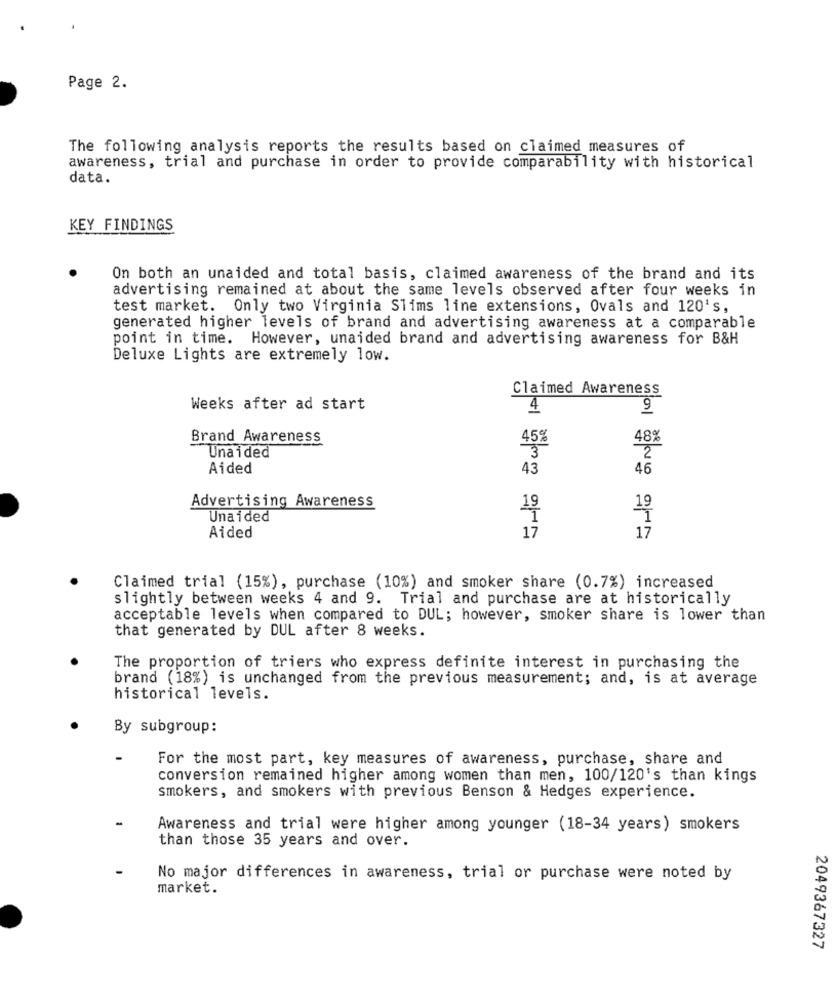
Page 2.
The following analysis reports the results based on claimed measures of
awareness, trial and purchase in order to provide comparability with historical
data.
KEY FINDINGS
On both an unaided and total basis, claimed awareness of the brand and its
advertising remained at about the same levels observed after four weeks in
test market. Only two Virginia Slims line extensions, Ovals and 120's,
generated higher levels of brand and advertising awareness at a comparable
point in time. However, unaided brand and advertising awareness for B&H
Deluxe Lights are extremely low.
Claimed Awareness
Weeks after ad start
4
9
Brand Awareness
45%
489
Unaided
3
2
Aided
43
46
Advertising Awareness
Una ided
Aided
17
17
Claimed trial (15%), purchase (10%) and smoker share (0.7%) increased
slightly between weeks 4 and 9. Trial and purchase are at historically
acceptable levels when compared to DUL; however, smoker share is lower than
that generated by DUL after 8 weeks.
The proportion of triers who express definite interest in purchasing the
brand (18%) is unchanged from the previous measurement; and, is at average
historical levels.
By subgroup:
For the most part, key measures of awareness, purchase, share and
conversion remained higher among women than men, 100/120's than kings
smokers, and smokers with previous Benson & Hedges experience.
Awareness and trial were higher among younger (18-34 years) smokers
than those 35 years and over.
No major differences in awareness, trial or purchase were noted by
market.
2049367327